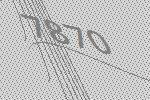
7870